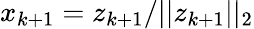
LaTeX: x_{k+1}=z_{k+1}/\vert\vert z_{k+1}\vert\vert_{2}